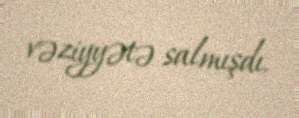
vəziyyətə salmışdı.